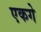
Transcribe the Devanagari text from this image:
एकगे